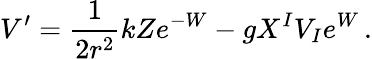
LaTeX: V^{\prime}=\frac{1}{2r^{2}}kZe^{-W}-gX^{I}V_{I}e^{W}\, .